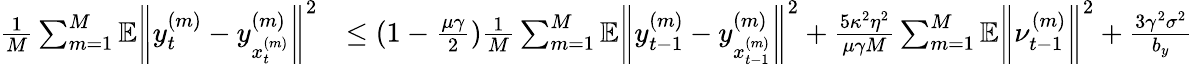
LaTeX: \begin{array}{rl}{\frac{1}{M}\sum_{m=1}^{M}\mathbb{E}\bigg\| y_{t}^{(m)}-y_{x_{t}^{(m)}}^{(m)}\bigg\| ^{2}}&{\leq(1-\frac{\mu\gamma}{2})\frac{1}{M}\sum_{m=1}^{M}\mathbb{E}\bigg\| y_{t-1}^{(m)}-y_{x_{t-1}^{(m)}}^{(m)}\bigg\| ^{2}+\frac{5\kappa^{2}\eta^{2}}{\mu\gamma M}\sum_{m=1}^{M}\mathbb{E}\bigg\| \nu_{t-1}^{(m)}\bigg\| ^{2}+\frac{3\gamma^{2}\sigma^{2}}{b_{y}}}\end{array}